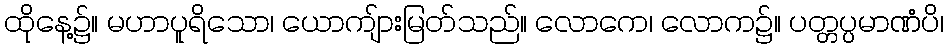
ထိုနေ့၌။ မဟာပူရိသော၊ ယောကျ်ားမြတ်သည်။ လောကေ၊ လောက၌။ ပတ္တပ္ပမာဏံပိ၊